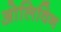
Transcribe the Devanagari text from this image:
ओलिविन